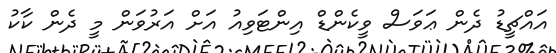
އައްޗީޑު ދެން ޢަވަސް ވީކެންޑް އިންޓަވިއު އަށް އަރުވަން މީ ދެން ކާކު